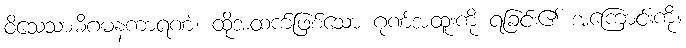
ဝိသေသာဓိဂမနကာရဏံ၊ ထိုအထက်ဖြစ်သော ဂုဏ်အထူးကို ရခြင်း၏ အကြောင်းကို။